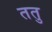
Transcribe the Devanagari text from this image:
ततु